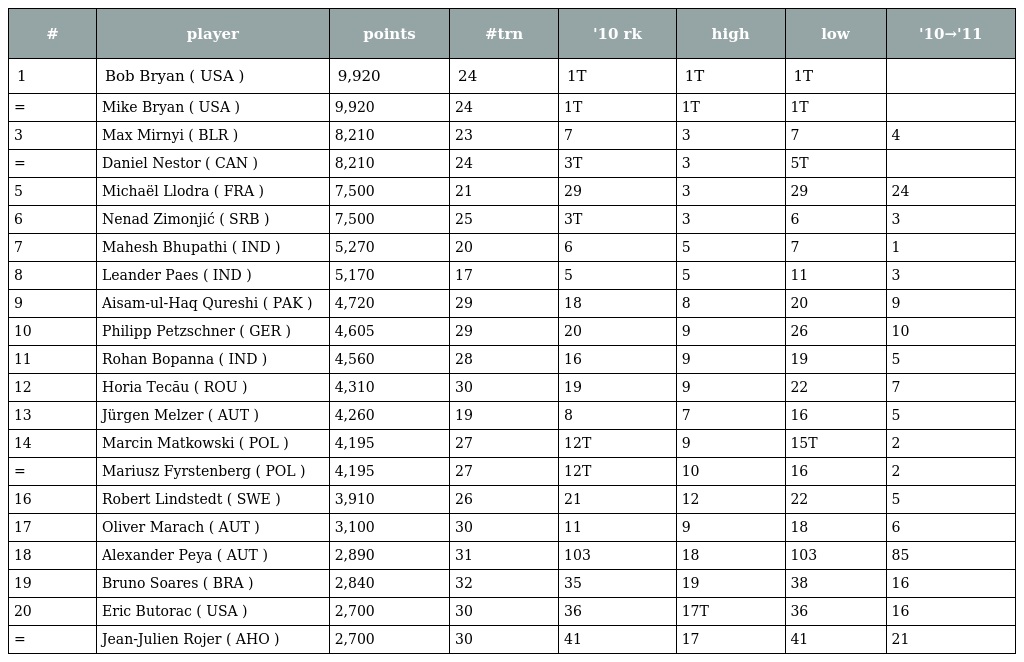
| # | player | points | #trn | '10 rk | high | low | '10→'11 |
 | --- | --- | --- | --- | --- | --- | --- | --- |
 | 1 | Bob Bryan ( USA ) | 9,920 | 24 | 1T | 1T | 1T |  |
 | = | Mike Bryan ( USA ) | 9,920 | 24 | 1T | 1T | 1T |  |
 | 3 | Max Mirnyi ( BLR ) | 8,210 | 23 | 7 | 3 | 7 | 4 |
 | = | Daniel Nestor ( CAN ) | 8,210 | 24 | 3T | 3 | 5T |  |
 | 5 | Michaël Llodra ( FRA ) | 7,500 | 21 | 29 | 3 | 29 | 24 |
 | 6 | Nenad Zimonjić ( SRB ) | 7,500 | 25 | 3T | 3 | 6 | 3 |
 | 7 | Mahesh Bhupathi ( IND ) | 5,270 | 20 | 6 | 5 | 7 | 1 |
 | 8 | Leander Paes ( IND ) | 5,170 | 17 | 5 | 5 | 11 | 3 |
 | 9 | Aisam-ul-Haq Qureshi ( PAK ) | 4,720 | 29 | 18 | 8 | 20 | 9 |
 | 10 | Philipp Petzschner ( GER ) | 4,605 | 29 | 20 | 9 | 26 | 10 |
 | 11 | Rohan Bopanna ( IND ) | 4,560 | 28 | 16 | 9 | 19 | 5 |
 | 12 | Horia Tecău ( ROU ) | 4,310 | 30 | 19 | 9 | 22 | 7 |
 | 13 | Jürgen Melzer ( AUT ) | 4,260 | 19 | 8 | 7 | 16 | 5 |
 | 14 | Marcin Matkowski ( POL ) | 4,195 | 27 | 12T | 9 | 15T | 2 |
 | = | Mariusz Fyrstenberg ( POL ) | 4,195 | 27 | 12T | 10 | 16 | 2 |
 | 16 | Robert Lindstedt ( SWE ) | 3,910 | 26 | 21 | 12 | 22 | 5 |
 | 17 | Oliver Marach ( AUT ) | 3,100 | 30 | 11 | 9 | 18 | 6 |
 | 18 | Alexander Peya ( AUT ) | 2,890 | 31 | 103 | 18 | 103 | 85 |
 | 19 | Bruno Soares ( BRA ) | 2,840 | 32 | 35 | 19 | 38 | 16 |
 | 20 | Eric Butorac ( USA ) | 2,700 | 30 | 36 | 17T | 36 | 16 |
 | = | Jean-Julien Rojer ( AHO ) | 2,700 | 30 | 41 | 17 | 41 | 21 |